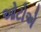
ઓટોએ